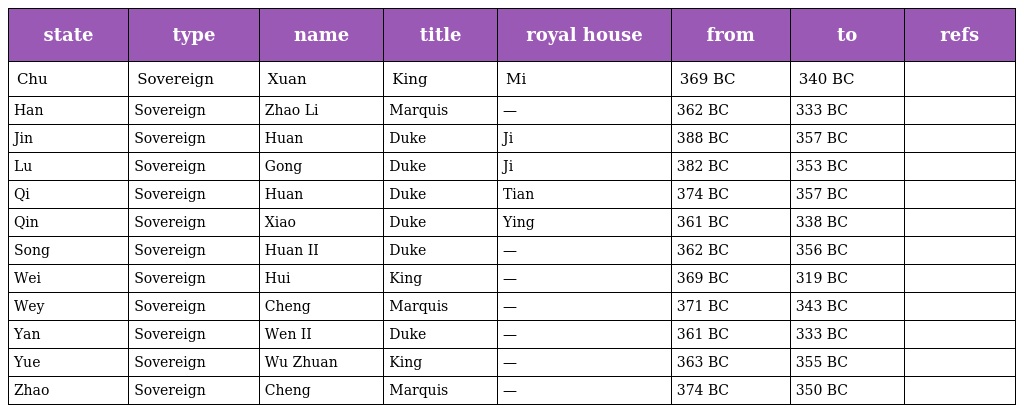
| state | type | name | title | royal house | from | to | refs |
 | --- | --- | --- | --- | --- | --- | --- | --- |
 | Chu | Sovereign | Xuan | King | Mi | 369 BC | 340 BC |  |
 | Han | Sovereign | Zhao Li | Marquis | — | 362 BC | 333 BC |  |
 | Jin | Sovereign | Huan | Duke | Ji | 388 BC | 357 BC |  |
 | Lu | Sovereign | Gong | Duke | Ji | 382 BC | 353 BC |  |
 | Qi | Sovereign | Huan | Duke | Tian | 374 BC | 357 BC |  |
 | Qin | Sovereign | Xiao | Duke | Ying | 361 BC | 338 BC |  |
 | Song | Sovereign | Huan II | Duke | — | 362 BC | 356 BC |  |
 | Wei | Sovereign | Hui | King | — | 369 BC | 319 BC |  |
 | Wey | Sovereign | Cheng | Marquis | — | 371 BC | 343 BC |  |
 | Yan | Sovereign | Wen II | Duke | — | 361 BC | 333 BC |  |
 | Yue | Sovereign | Wu Zhuan | King | — | 363 BC | 355 BC |  |
 | Zhao | Sovereign | Cheng | Marquis | — | 374 BC | 350 BC |  |